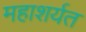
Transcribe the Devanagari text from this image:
महाशर्यत